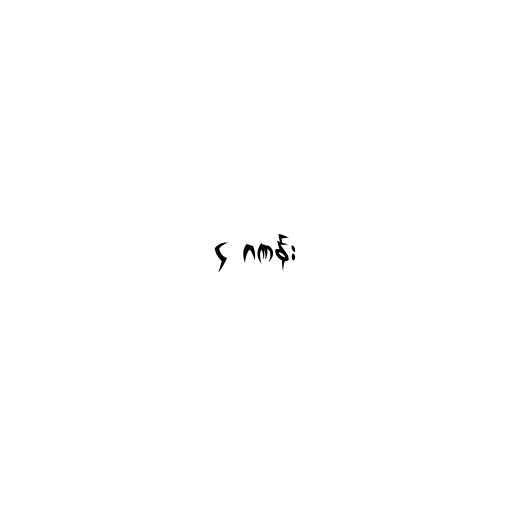
၄ ဂဏန်း